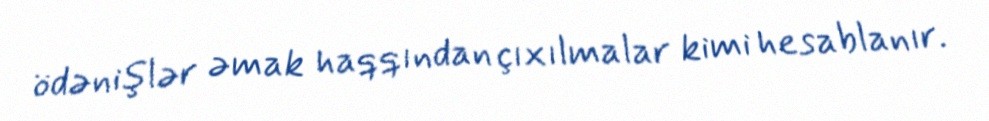
ödənişlər əmak haqqından çıxılmalar kimi hesablanır.